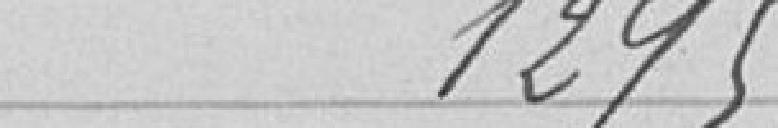
1295